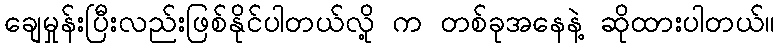
ချေမှုန်းပြီးလည်းဖြစ်နိုင်ပါတယ်လို့ က တစ်ခုအနေနဲ့ ဆိုထားပါတယ်။